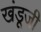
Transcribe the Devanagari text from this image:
खंडूजी